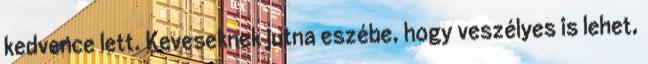
kedvence lett. Keveseknek jutna eszébe, hogy veszélyes is lehet,